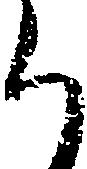
ち